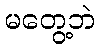
မတွေ့ဘဲ